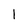
Character: 1